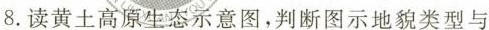
8. 读黄土高原生态示意图，判断图示地貌类型与